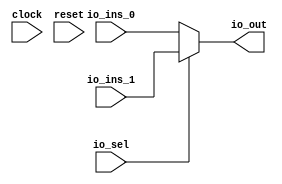
module MuxN_2(
  input         clock,
  input         reset,
  input  [63:0] io_ins_0,
  input  [63:0] io_ins_1,
  input         io_sel,
  output [63:0] io_out
);
  wire [63:0] _GEN_0;
  wire [63:0] _GEN_1;
  assign io_out = _GEN_0;
  assign _GEN_0 = _GEN_1;
  assign _GEN_1 = io_sel ? io_ins_1 : io_ins_0;
endmodule